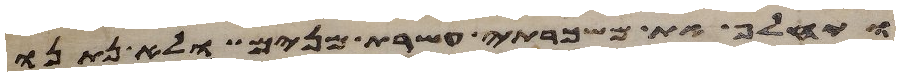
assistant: ויחלף את משכרתי עשרת מנים ולא נתנו